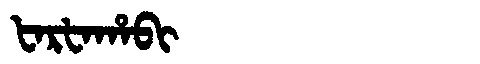
Manchu: ᡶᠠᡵᡶᠠᡥᠠᠪᡳ
Romanization: FARFAHABI